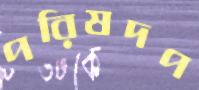
পরিষদপ